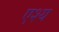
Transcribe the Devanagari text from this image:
एश्य